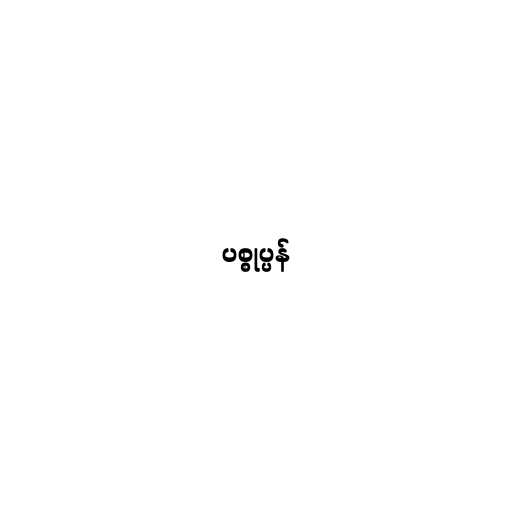
ပစ္စုပ္ပန်